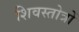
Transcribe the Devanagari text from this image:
शिवस्तोत्रों